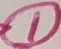
Text: 1